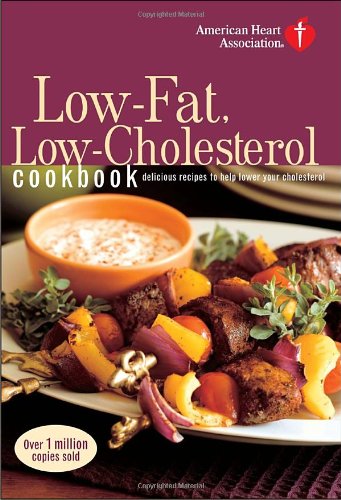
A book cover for American Heart Association Low-Fat, Low-Cholesterol Cookbook, 3rd Edition: Delicious Recipes to Help Lower Your Cholesterol; American Heart Association; Cookbooks, Food & Wine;